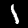
Digit: 1